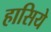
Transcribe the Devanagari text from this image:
हासिये